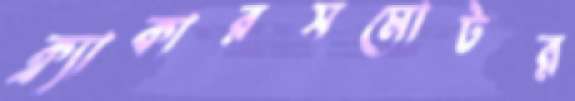
ক্র্যাকারসমোটর